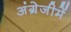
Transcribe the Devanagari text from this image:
अंग्रेजीमें